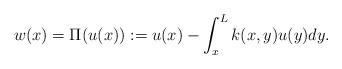
LaTeX: \begin{align*}w(x)=\Pi(u(x)):=u(x)-\int_x^Lk(x,y)u(y)dy.\end{align*}